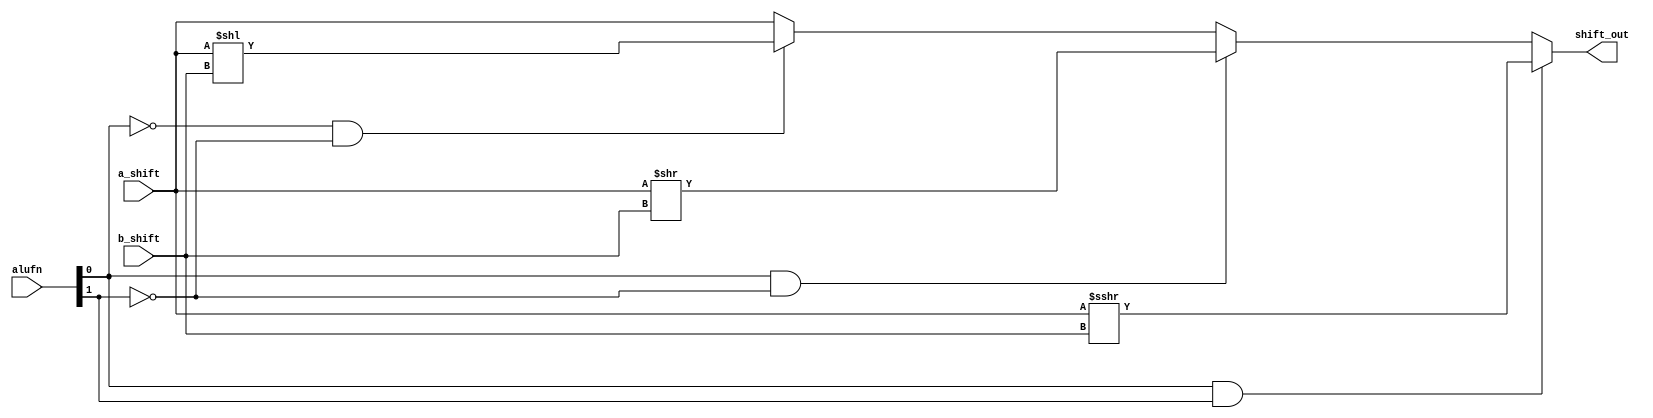
/*
   This file was generated automatically by the Mojo IDE version B1.3.6.
   Do not edit this file directly. Instead edit the original Lucid source.
   This is a temporary file and any changes made to it will be destroyed.
*/

module shifter_20 (
    input [7:0] a_shift,
    input [2:0] b_shift,
    input [1:0] alufn,
    output reg [7:0] shift_out
  );
  
  
  
  always @* begin
    shift_out = a_shift;
    if (alufn[0+0-:1] == 1'h0 & alufn[1+0-:1] == 1'h0) begin
      shift_out = a_shift << b_shift[0+2-:3];
    end
    if (alufn[0+0-:1] == 1'h1 & alufn[1+0-:1] == 1'h0) begin
      shift_out = a_shift >> b_shift[0+2-:3];
    end
    if (alufn[0+0-:1] == 1'h1 & alufn[1+0-:1] == 1'h1) begin
      shift_out = $signed(a_shift) >>> b_shift[0+2-:3];
    end
  end
endmodule